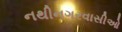
નથીનગરવાસીઓ